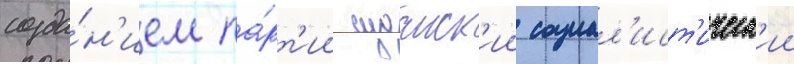
созда́н'ием па́рт'ии суданск'ии социал'ист'ическ'ии